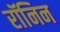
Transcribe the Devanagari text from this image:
रॉनिन